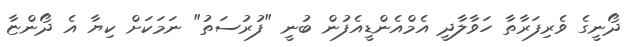
ދޯނީގެ ވެރިފަރާތާ ހަވާލާދީ އެމްއެންޑީއެފުން ބުނީ "ފުރުސަތު" ނަމަކަށް ކިޔާ އެ ދޯންޏާ